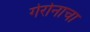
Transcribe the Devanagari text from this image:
गेरोनाचा